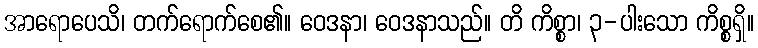
အာရောပေသိ၊ တက်ရောက်စေ၏။ ဝေဒနာ၊ ဝေဒနာသည်။ တိ ကိစ္စာ၊ ၃-ပါးသော ကိစ္စရှိ။